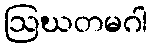
ဩဃတမဂါ